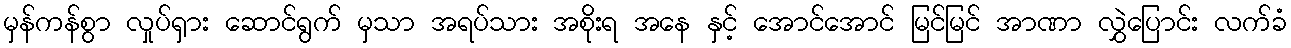
မှန်ကန်စွာ လှုပ်ရှား ဆောင်ရွက် မှသာ အရပ်သား အစိုးရ အနေ နှင့် အောင်အောင် မြင်မြင် အာဏာ လွှဲပြောင်း လက်ခံ